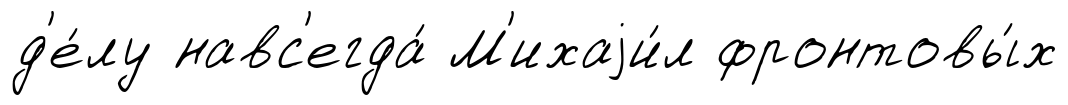
д'е́лу навс'егда́ М'ихаjи́л фронтовы́х